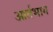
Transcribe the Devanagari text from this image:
आर्तभाग